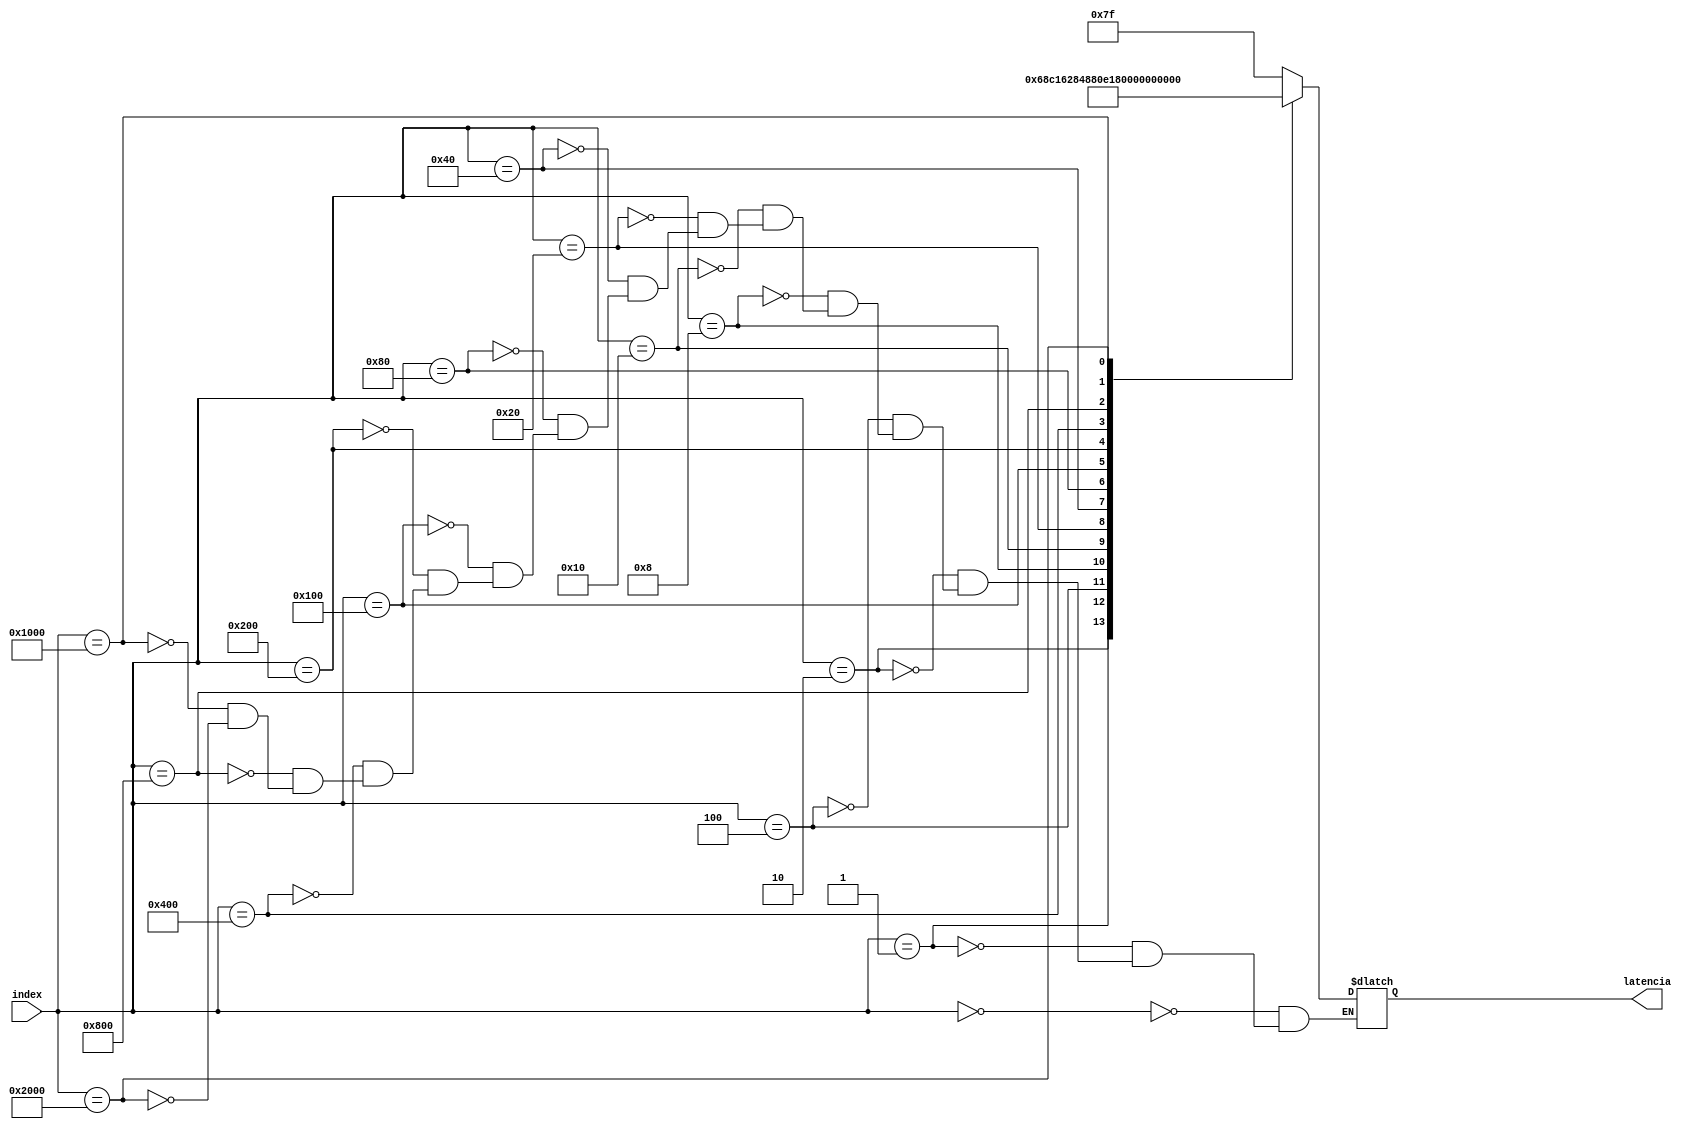
///////////////////////////////////////////////////////////////////////////////
// Module: calcula_latencia.v
// Project: temp 
// Description: the index regarding the i-th bucket will be filled with 1 while 
// the others will be filled with 0 
///////////////////////////////////////////////////////////////////////////////

// numero de buckets fixo
module calcula_latencia
		#(	
			parameter INDEX_WIDTH = 14,
      	parameter BITS_SHIFT = 7)
	   (
		input	[INDEX_WIDTH-1:0]						index,
		output reg [BITS_SHIFT-1:0]				latencia);

	always @(index) begin
      
      case(index)
      0: begin
         latencia ={BITS_SHIFT{1'b1}}; //ignorar este valor

      end
      1: begin
         latencia = 13;

      end
      2: begin
         latencia = 12;

      end
      4: begin
         latencia = 11;

      end
      8: begin
         latencia = 10;

      end
      16: begin
         latencia = 9;

      end
      32: begin
         latencia = 8;
      
      end
      64: begin
         latencia = 7;

      end
      128: begin
         latencia = 6;

      end
      256: begin
         latencia = 5;

      end
      512: begin
         latencia = 4;

      end
      1024: begin
         latencia = 3;

      end
      2048: begin
         latencia = 2;

      end
      4096: begin
         latencia = 1;

      end
      8192: begin
         latencia = 0;

      end
      endcase
		//$display("index :%b\n",index);
		//$display("latencia :%h\n",latencia);
	end
endmodule // hash